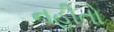
નહીતો